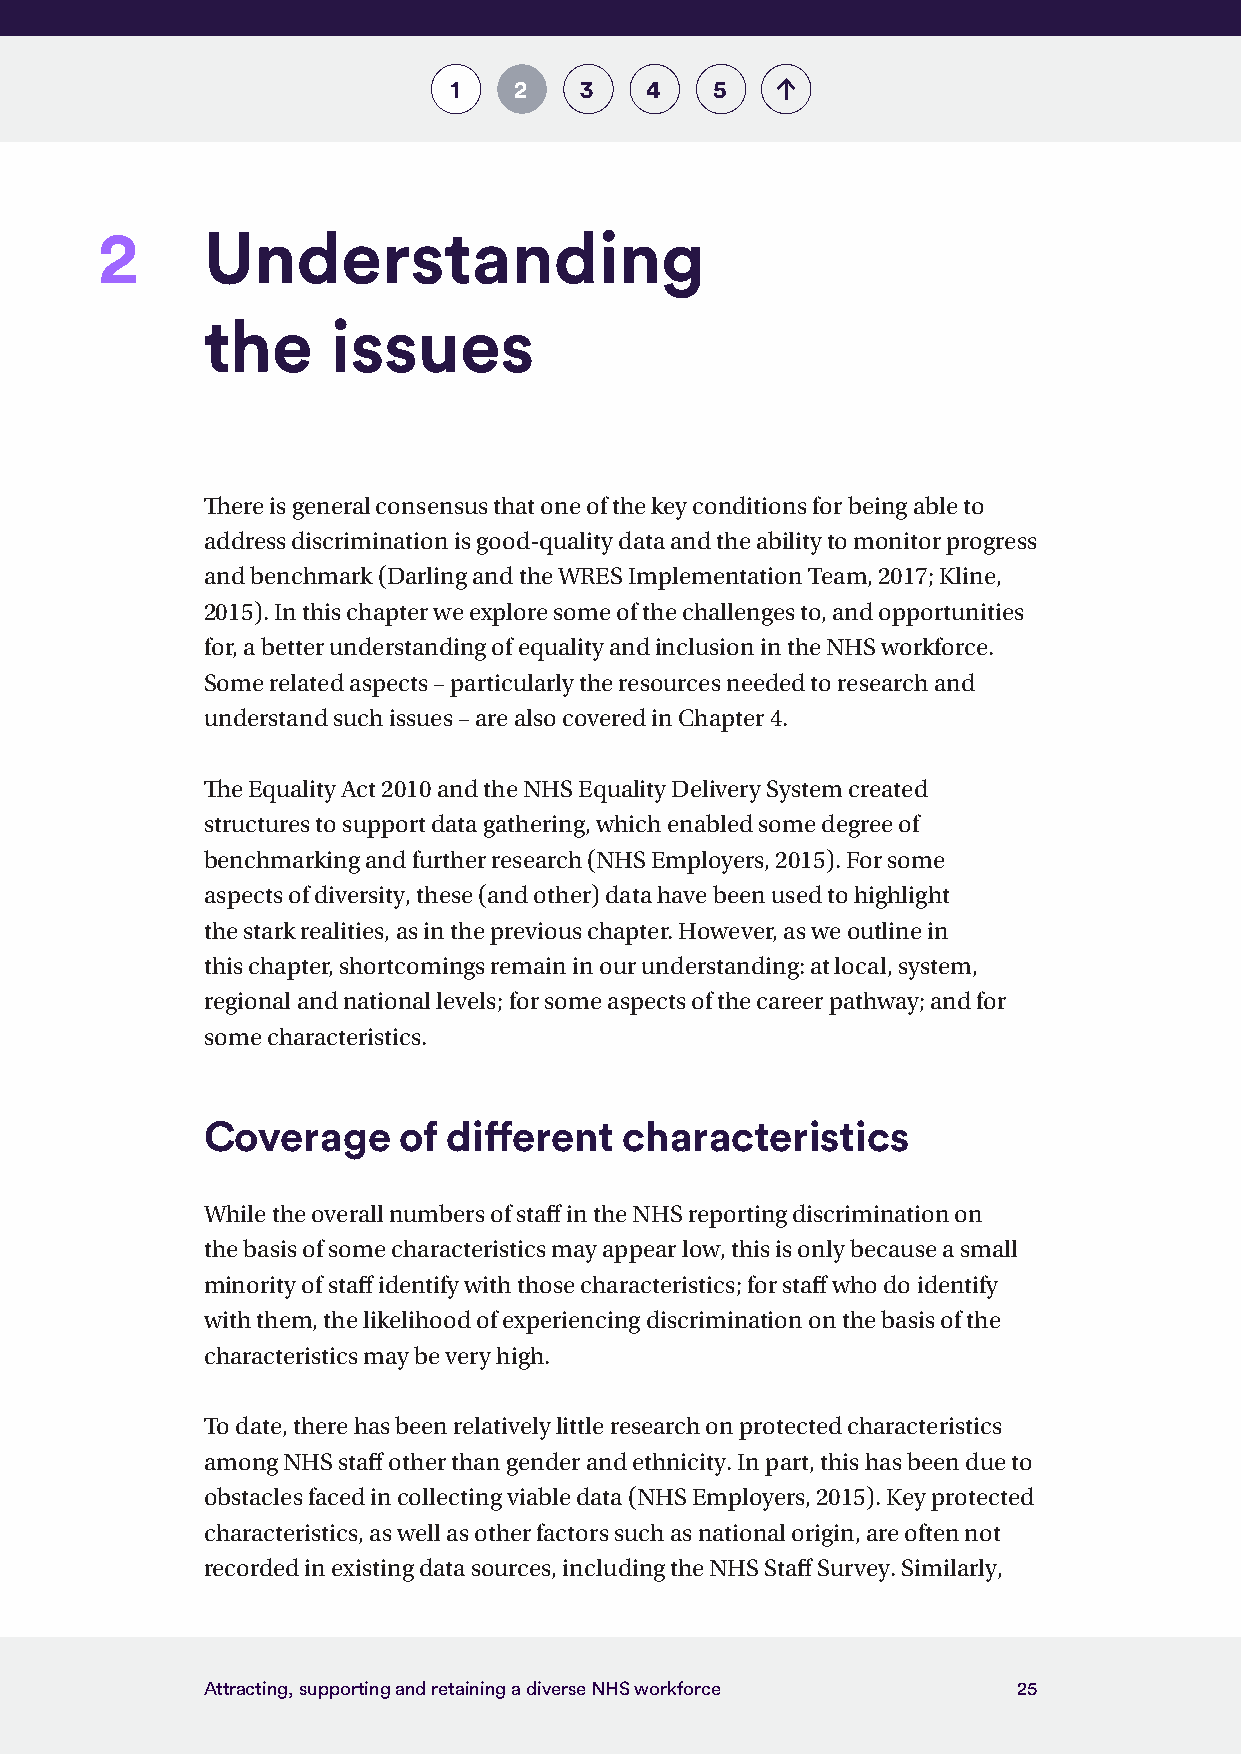
1   2   3    4   5
 2     Understanding
 the      issues
 There is general consensus that one of the key conditions for being able to
 address discrimination is good-quality data and the ability to monitor progress
 and benchmark (Darling and the WRES Implementation Team, 2017; Kline,
 2015). In this chapter we explore some of the challenges to, and opportunities
 for, a better understanding of equality and inclusion in the NHS workforce.
 Some related aspects – particularly the resources needed to research and
 understand such issues – are also covered in Chapter 4.
 The Equality Act 2010 and the NHS Equality Delivery System created
 structures to support data gathering, which enabled some degree of
 benchmarking and further research (NHS Employers, 2015). For some
 aspects of diversity, these (and other) data have been used to highlight
 the stark realities, as in the previous chapter. However, as we outline in
 this chapter, shortcomings remain in our understanding: at local, system,
 regional and national levels; for some aspects of the career pathway; and for
 some characteristics.
 Coverage     of  different  characteristics
 While the overall numbers of staff in the NHS reporting discrimination on
 the basis of some characteristics may appear low, this is only because a small
 minority of staff identify with those characteristics; for staff who do identify
 with them, the likelihood of experiencing discrimination on the basis of the
 characteristics may be very high.
 To date, there has been relatively little research on protected characteristics
 among NHS staff other than gender and ethnicity. In part, this has been due to
 obstacles faced in collecting viable data (NHS Employers, 2015). Key protected
 characteristics, as well as other factors such as national origin, are often not
 recorded in existing data sources, including the NHS Staff Survey. Similarly,
 Attracting, supporting and retaining a diverse NHS workforce 25